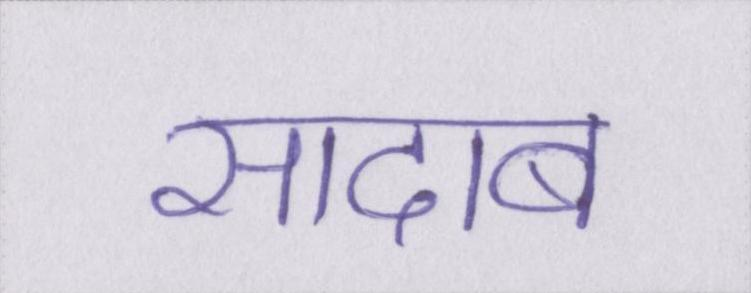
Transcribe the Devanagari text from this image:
सादाब